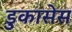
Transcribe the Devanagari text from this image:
डुकासेस